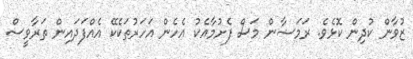
ޒުވާން ކުދިން ކޮޅެވެ. ރަމަޟާން މަސް ފެށުމާއެކު އެހެން އަހަރުތަކެކޭ އެއްފަދައިން ތަރާވީސް